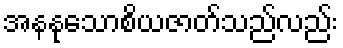
အနနုသောစိယဇာတ်သည်လည်း